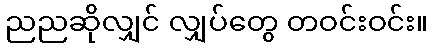
ညညဆိုလျှင် လျှပ်တွေ တဝင်းဝင်း။